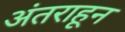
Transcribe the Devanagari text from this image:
अंतराहून